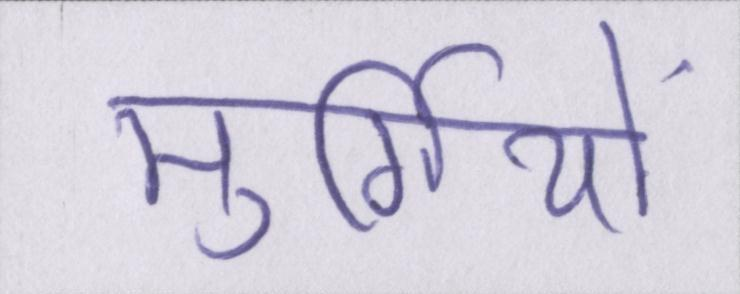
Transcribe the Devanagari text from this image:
मुर्गियों